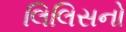
લિલિસનો